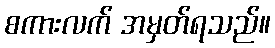
စကားလက် အမှတ်ရသည်။